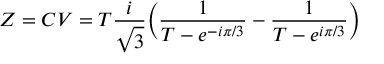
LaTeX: Z = C V = T { \frac { i } { \sqrt { 3 } } } \biggl ( { \frac { 1 } { T - e ^ { - i \pi / 3 } } } - { \frac { 1 } { T - e ^ { i \pi / 3 } } } \biggr )